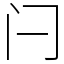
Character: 闩